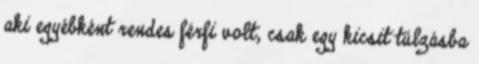
aki egyébként rendes férfi volt, csak egy kicsit túlzásba